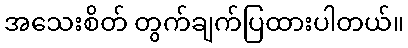
အသေးစိတ် တွက်ချက်ပြထားပါတယ်။